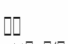
٤٧